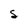
Character: S